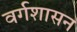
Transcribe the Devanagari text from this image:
वर्गशासन